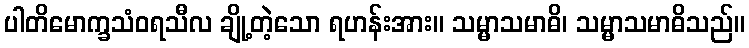
ပါတိမောက္ခသံဝရသီလ ချို့တဲ့သော ရဟန်းအား။ သမ္မာသမာဓိ၊ သမ္မာသမာဓိသည်။